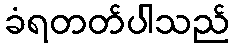
ခံရတတ်ပါသည်